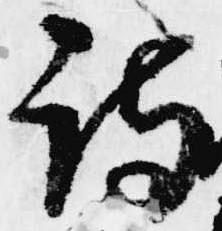
詩